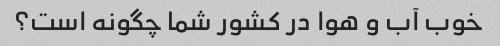
خوب آب و هوا در کشور شما چگونه است؟